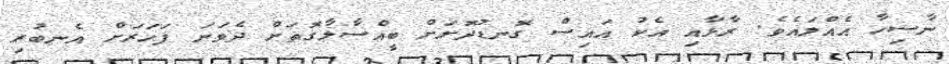
ނާސިހާ އެއްލައެވެ. ރާޅާއި އެކު އައިސް ގޮނޑުދޮަށަށް ބީއްސާލާގޮތަށް ދެވަނަ ފަހަރަށް އެނބުރި